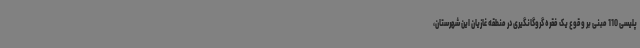
پلیسی 110 مبنی بر وقوع یک فقره گروگانگیری در منطقه غازیان این شهرستان،